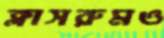
ক্লাসরুমও